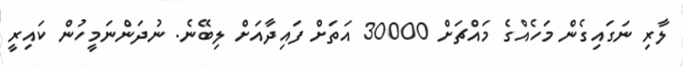
ލާރި ނަގައިގެން މަހެއްގެ މައްޗަށް 30000 އަތަށް ފައިދާއަށް ލިބޭނެ. ނުދަންނަމީހުން ކައިރީ